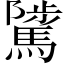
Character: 騭